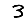
Digit: 3